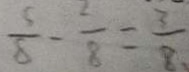
\frac { 5 } { 8 } - \frac { 2 } { 8 } = \frac { 3 } { 8 }